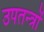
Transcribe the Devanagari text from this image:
उपतन्त्रों